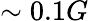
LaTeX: \sim 0.1G